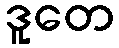
ဒူတေ